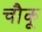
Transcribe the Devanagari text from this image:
चौकू